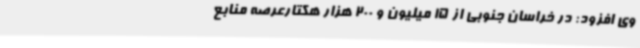
وی افزود: در خراسان جنوبی از 15 میلیون و 200 هزار هکتارعرصه منابع